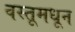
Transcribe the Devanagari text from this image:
वस्तूमधून